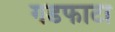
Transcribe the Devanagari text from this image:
गडफाटा